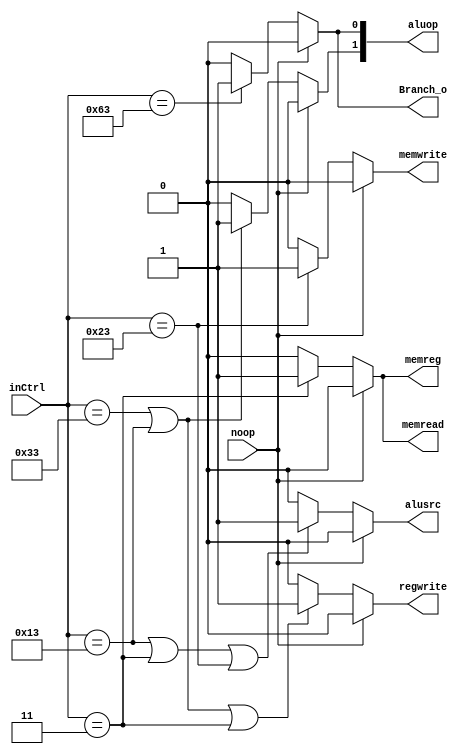
module Control(
    inCtrl, 
    noop,
    regwrite,
    memreg,
    memread,
    memwrite,
    aluop,
    alusrc,
    Branch_o
);

input [6:0] inCtrl;
input noop;
output regwrite;
output memreg;
output memread;
output memwrite;
output [1:0] aluop;
output alusrc;
output Branch_o;

reg regwrite = 1'b0;
reg memreg = 1'b0;
reg memread = 1'b0;
reg memwrite = 1'b0;
reg [1:0] aluop = 2'b00;
reg alusrc = 1'b0;
reg Branch_o = 1'b0;

always @* begin
    regwrite = 1'b0;
    memreg = 1'b0;
    memread = 1'b0;
    memwrite = 1'b0;
    aluop = 2'b00;
    alusrc = 1'b0;
    Branch_o = 1'b0;
    if(noop == 1'b1)
         begin
            regwrite = 1'b0;
            memreg = 1'b0;
            memread = 1'b0;
            memwrite = 1'b0;
            aluop[1:0] = 2'b00;
            alusrc = 1'b0;
            Branch_o = 1'b0;
         end
    else
        begin
            //sw, beq : 0 //other: 1
            regwrite = (inCtrl == 7'b0110011 || inCtrl == 7'b0010011 || inCtrl == 7'b0000011)? 1'b1: 1'b0;
            //other : 0 //lw: 1
            memreg = (inCtrl == 7'b0000011)? 1'b1: 1'b0;
            //other : 0 //lw: 1
            memread = (inCtrl == 7'b0000011)? 1'b1: 1'b0;
            //other : 0 //sw: 1
            memwrite = (inCtrl == 7'b0100011)? 1'b1: 1'b0;
            //other: 0 // beq, lw, sw:1
            aluop[1] = (inCtrl == 7'b0010011 || inCtrl == 7'b0110011)? 1'b1: 1'b0;
            //other: 0 // beq :1
            aluop[0] = (inCtrl == 7'b1100011)? 1'b1: 1'b0;
            //imm : 1 // other : 0
            alusrc = (inCtrl == 7'b0010011 || inCtrl == 7'b0000011 || inCtrl == 7'b0100011)? 1'b1: 1'b0;
            //beq : 1 // other : 0
            Branch_o = (inCtrl == 7'b1100011)? 1'b1: 1'b0;
        end
end
endmodule